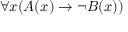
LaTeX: \forall x ( A ( x ) \rightarrow \neg B ( x ) )